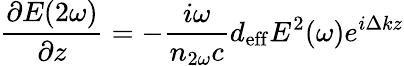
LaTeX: {\frac{\partial E(2\omega)}{\partial z}}=-{\frac{i\omega}{n_{2\omega}c}}d_{\mathrm{eff}}E^{2}(\omega)e^{i\Delta kz}